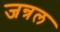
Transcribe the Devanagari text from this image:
जन्रल